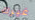
غيرك